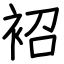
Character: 袑